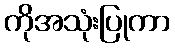
ကိုအသုံးပြုကာ